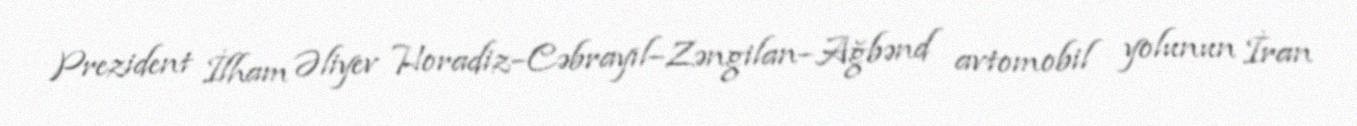
Prezident İlham Əliyev Horadiz–Cəbrayıl–Zəngilan–Ağbənd avtomobil yolunun İran